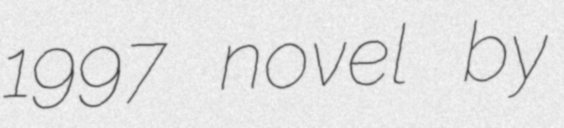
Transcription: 1997 novel by